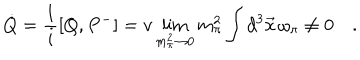
\dot { Q } = \frac { 1 } { i } [ Q , P ^ { - } ] = v \lim _ { m _ { \pi } ^ { 2 } \rightarrow 0 } m _ { \pi } ^ { 2 } \int d ^ { 3 } \vec { x } \, \omega _ { \pi } \neq 0 \quad .